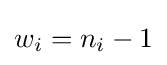
w_{i}=n_{i}-1